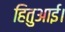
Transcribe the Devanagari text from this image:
हितुआई।